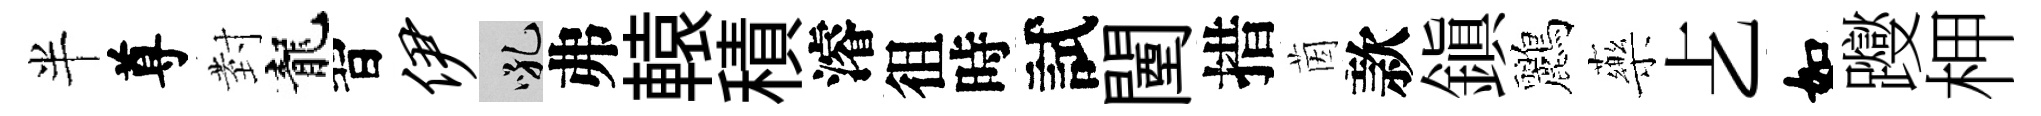
半尊𭔹龍習伊吼弗轅積濬徂時試闉措茵款鎭鸝藥𠧒如躞柙